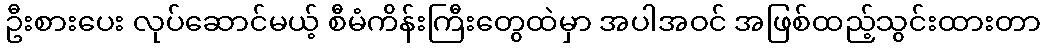
ဦးစားပေး လုပ်ဆောင်မယ့် စီမံကိန်းကြီးတွေထဲမှာ အပါအဝင် အဖြစ်ထည့်သွင်းထားတာ